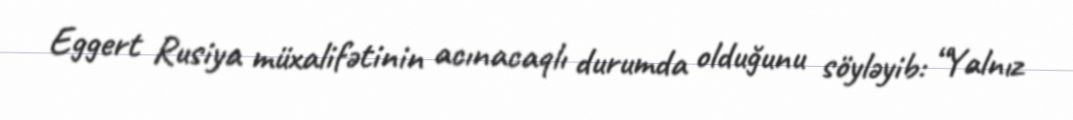
Eggert Rusiya müxalifətinin acınacaqlı durumda olduğunu söyləyib: “Yalnız